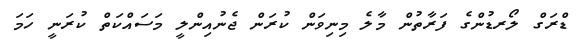
ޑްރަގް ލޯރޑުންގެ ފަރާތުން މާލެ މިނިވަން ކުރަން ޖެނުއިންލީ މަސައްކަތް ކުރަނީ ހަމަ